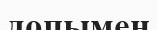
допымен